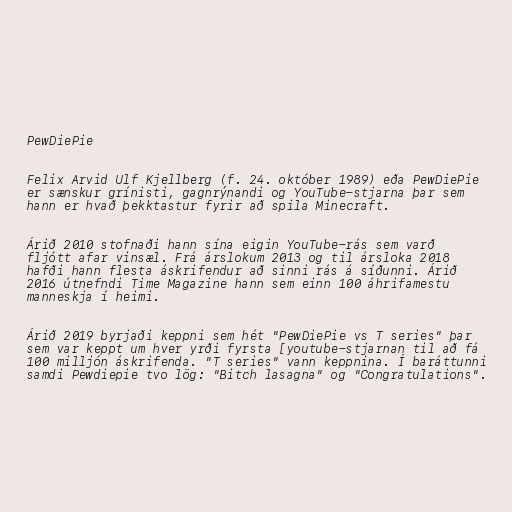
PewDiePie

Felix Arvid Ulf Kjellberg (f. 24. október 1989) eða PewDiePie
er sænskur grínisti, gagnrýnandi og YouTube-stjarna þar sem
hann er hvað þekktastur fyrir að spila Minecraft.

Árið 2010 stofnaði hann sína eigin YouTube-rás sem varð
fljótt afar vinsæl. Frá árslokum 2013 og til ársloka 2018
hafði hann flesta áskrifendur að sinni rás á síðunni. Árið
2016 útnefndi Time Magazine hann sem einn 100 áhrifamestu
manneskja í heimi.

Árið 2019 byrjaði keppni sem hét "PewDiePie vs T series" þar
sem var keppt um hver yrði fyrsta [youtube-stjarnan til að fá
100 milljón áskrifenda. "T series" vann keppnina. Í baráttunni
samdi Pewdiepie tvo lög: "Bitch lasagna" og "Congratulations".